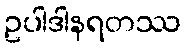
ဥပါဒါနရတဿ